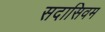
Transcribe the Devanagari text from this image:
सदासिवम